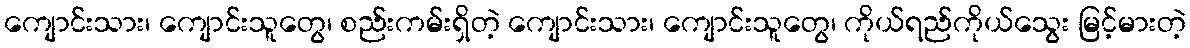
ကျောင်းသား၊ ကျောင်းသူတွေ၊ စည်းကမ်းရှိတဲ့ ကျောင်းသား၊ ကျောင်းသူတွေ၊ ကိုယ်ရည်ကိုယ်သွေး မြင့်မားတဲ့